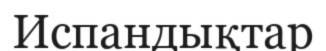
Испандықтар